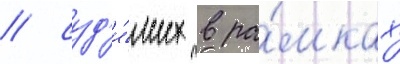
/ суд'и́мых в ра́мках